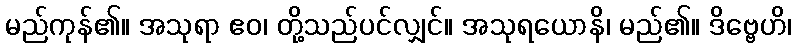
မည်ကုန်၏။ အသုရာ ဧဝ၊ တို့သည်ပင်လျှင်။ အသုရယောနိ၊ မည်၏။ ဒိဗ္ဗေဟိ၊